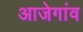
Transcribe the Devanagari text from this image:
आजेगांव